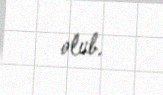
olub.